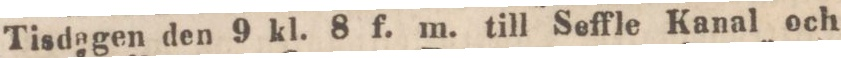
Tisdagen den 9 kl. 8 f. m. till Seffle Kanal och